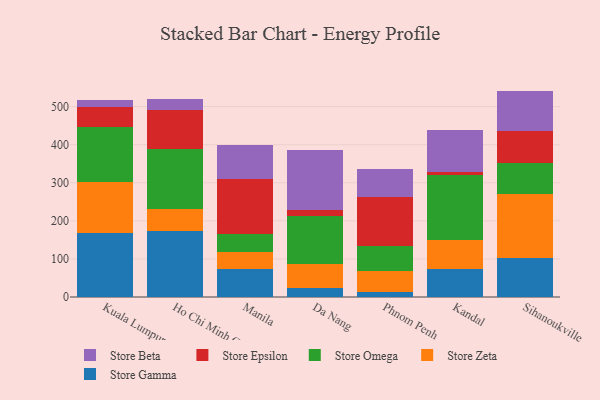
{"axis": {"x": "City", "y": "Inventory Turnover"}, "legend": ["Store Beta", "Store Epsilon", "Store Gamma", "Store Omega", "Store Zeta"], "data": [{"x": "Kuala Lumpur", "y": 168.0, "type": "Store Gamma"}, {"x": "Kuala Lumpur", "y": 133.8, "type": "Store Zeta"}, {"x": "Kuala Lumpur", "y": 144.1, "type": "Store Omega"}, {"x": "Kuala Lumpur", "y": 53.0, "type": "Store Epsilon"}, {"x": "Kuala Lumpur", "y": 17.2, "type": "Store Beta"}, {"x": "Ho Chi Minh City", "y": 173.1, "type": "Store Gamma"}, {"x": "Ho Chi Minh City", "y": 58.8, "type": "Store Zeta"}, {"x": "Ho Chi Minh City", "y": 157.7, "type": "Store Omega"}, {"x": "Ho Chi Minh City", "y": 102.4, "type": "Store Epsilon"}, {"x": "Ho Chi Minh City", "y": 27.9, "type": "Store Beta"}, {"x": "Manila", "y": 72.5, "type": "Store Gamma"}, {"x": "Manila", "y": 46.2, "type": "Store Zeta"}, {"x": "Manila", "y": 47.6, "type": "Store Omega"}, {"x": "Manila", "y": 143.1, "type": "Store Epsilon"}, {"x": "Manila", "y": 89.3, "type": "Store Beta"}, {"x": "Da Nang", "y": 23.4, "type": "Store Gamma"}, {"x": "Da Nang", "y": 64.4, "type": "Store Zeta"}, {"x": "Da Nang", "y": 126.1, "type": "Store Omega"}, {"x": "Da Nang", "y": 15.4, "type": "Store Epsilon"}, {"x": "Da Nang", "y": 156.1, "type": "Store Beta"}, {"x": "Phnom Penh", "y": 13.4, "type": "Store Gamma"}, {"x": "Phnom Penh", "y": 54.7, "type": "Store Zeta"}, {"x": "Phnom Penh", "y": 65.8, "type": "Store Omega"}, {"x": "Phnom Penh", "y": 129.1, "type": "Store Epsilon"}, {"x": "Phnom Penh", "y": 74.0, "type": "Store Beta"}, {"x": "Kandal", "y": 73.6, "type": "Store Gamma"}, {"x": "Kandal", "y": 77.3, "type": "Store Zeta"}, {"x": "Kandal", "y": 169.8, "type": "Store Omega"}, {"x": "Kandal", "y": 7.4, "type": "Store Epsilon"}, {"x": "Kandal", "y": 110.4, "type": "Store Beta"}, {"x": "Sihanoukville", "y": 101.5, "type": "Store Gamma"}, {"x": "Sihanoukville", "y": 168.4, "type": "Store Zeta"}, {"x": "Sihanoukville", "y": 81.4, "type": "Store Omega"}, {"x": "Sihanoukville", "y": 85.5, "type": "Store Epsilon"}, {"x": "Sihanoukville", "y": 104.6, "type": "Store Beta"}]}